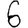
Digit: 6